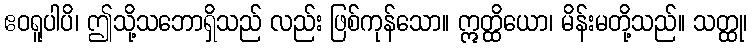
ဧဝရူပါပိ၊ ဤသို့သဘောရှိသည် လည်း ဖြစ်ကုန်သော။ ဣတ္ထိယော၊ မိန်းမတို့သည်။ သတ္ထု၊